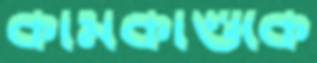
কার্মকাণ্ডকে